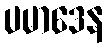
ပမာဒေန